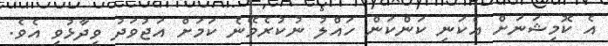
އެ ކޮމިޝަނަށް އެކަނި ކަންކަން ހައްލު ނުކުރެވޭނެ ކަމަށް އަޖުވަދު ވިދާޅުވި އެވެ.